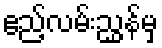
ဧည့်လမ်းညွှန်မှ